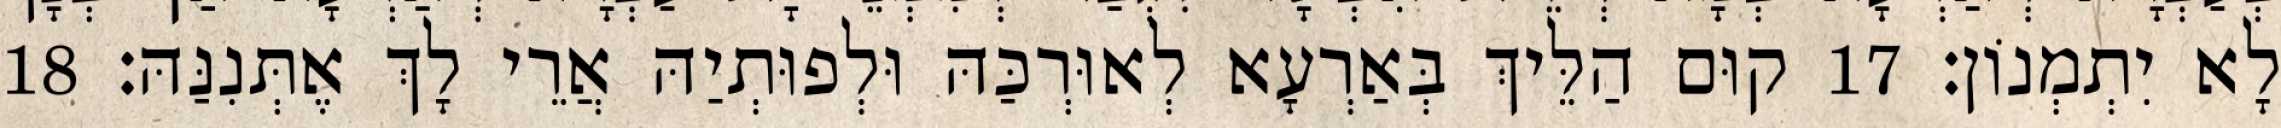
לָא יִתְמְנוֹן׃ 17 קוּם הַלֵּיךְ בְּאַרְעָא לְאוּרְכַּהּ וּלְפוּתְיַהּ אֲרֵי לָךְ אֶתְּנִנַּהּ׃ 18